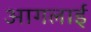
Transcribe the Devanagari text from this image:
आगलाई